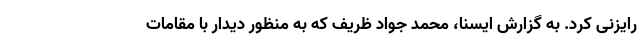
رایزنی کرد. به گزارش ایسنا، محمد جواد ظریف که به منظور دیدار با مقامات